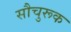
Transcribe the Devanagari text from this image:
सौचुरूक